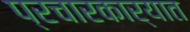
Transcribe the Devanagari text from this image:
प्रचारकार्यात